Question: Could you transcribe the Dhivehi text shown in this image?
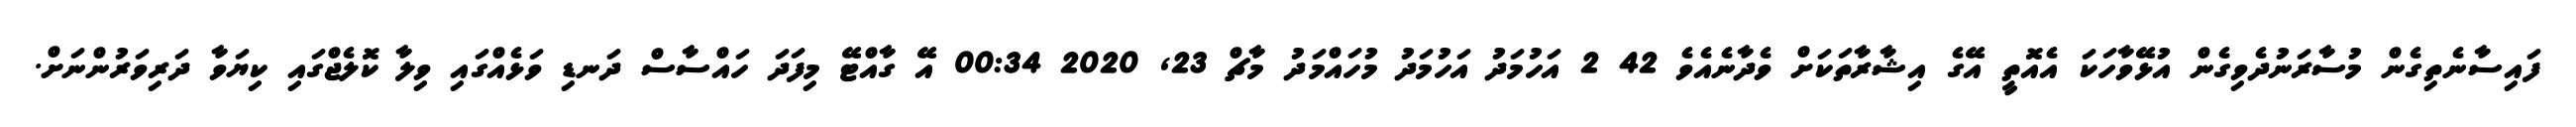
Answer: ފައިސާނެތިގެން މުސާރަނުދެވިގެން އުޅޭވާހަކަ އެއޮތީ އޭގެ އިޝާރާތަކަށް ވެދާނެއެވެ 42 2 އަހުމަދު އަހުމަދު މުހައްމަދު މާޗް 23, 2020 00:34 އޭ ގާއްޓޭ މިފަދަ ހައްސާސް ދަނޑި ވަޅެއްގައި ވިލާ ކޮލެޖްގައި ކިޔަވާ ދަރިވަރުންނަށް.